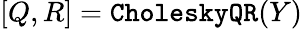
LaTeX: [Q,R]=\texttt{CholeskyQR}(Y)